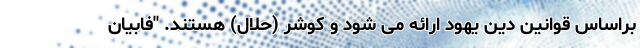
براساس قوانین دین یهود ارائه می شود و کوشر (حلال) هستند. "فابیان